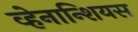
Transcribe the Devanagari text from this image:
व्हेनान्शियस